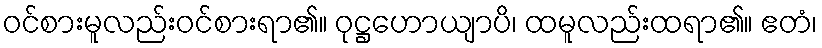
ဝင်စားမူလည်းဝင်စားရာ၏။ ဝုဋ္ဌဟောယျာပိ၊ ထမူလည်းထရာ၏။ ဧတံ၊